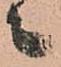
々